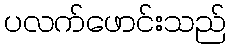
ပလက်ဖောင်းသည်